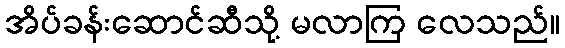
အိပ်ခန်းဆောင်ဆီသို့ မလာကြ လေသည်။